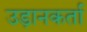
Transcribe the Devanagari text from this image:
उड़ानकर्ता